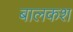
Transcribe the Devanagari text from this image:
बालकश